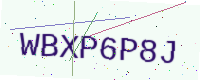
Text: WBXP6P8J